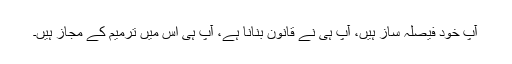
آپ خود فیصلہ ساز ہیں، آپ ہی نے قانون بنانا ہے، آپ ہی اس میں ترمیم کے مجاز ہیں۔